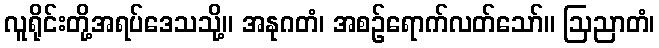
လူရိုင်းတို့အရပ်ဒေသသို့။ အနုဂတံ၊ အစဉ်ရောက်လတ်သော်။ ဩညာတံ၊